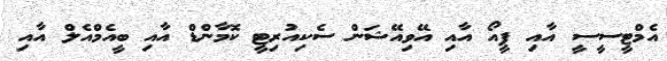
އެމްޓީސީސީ އާއި ޕީއޯ އާއި އޭވިއޭޝަން ސެކިއުރިޓީ ކޮމާންޑް އާއި ބީއެމްއެލް އާއި